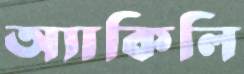
অ্যাকিলি